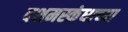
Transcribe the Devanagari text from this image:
दशमस्कंधाच्या